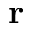
\mathbf { r }